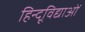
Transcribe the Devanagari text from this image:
हिन्दूविद्याओं